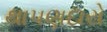
થાપણદારો